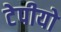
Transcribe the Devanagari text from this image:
टेपीयो